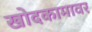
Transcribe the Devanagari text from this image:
खोदकामावर